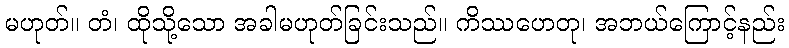
မဟုတ်။ တံ၊ ထိုသို့သော အခါမဟုတ်ခြင်းသည်။ ကိဿဟေတု၊ အဘယ်ကြောင့်နည်း